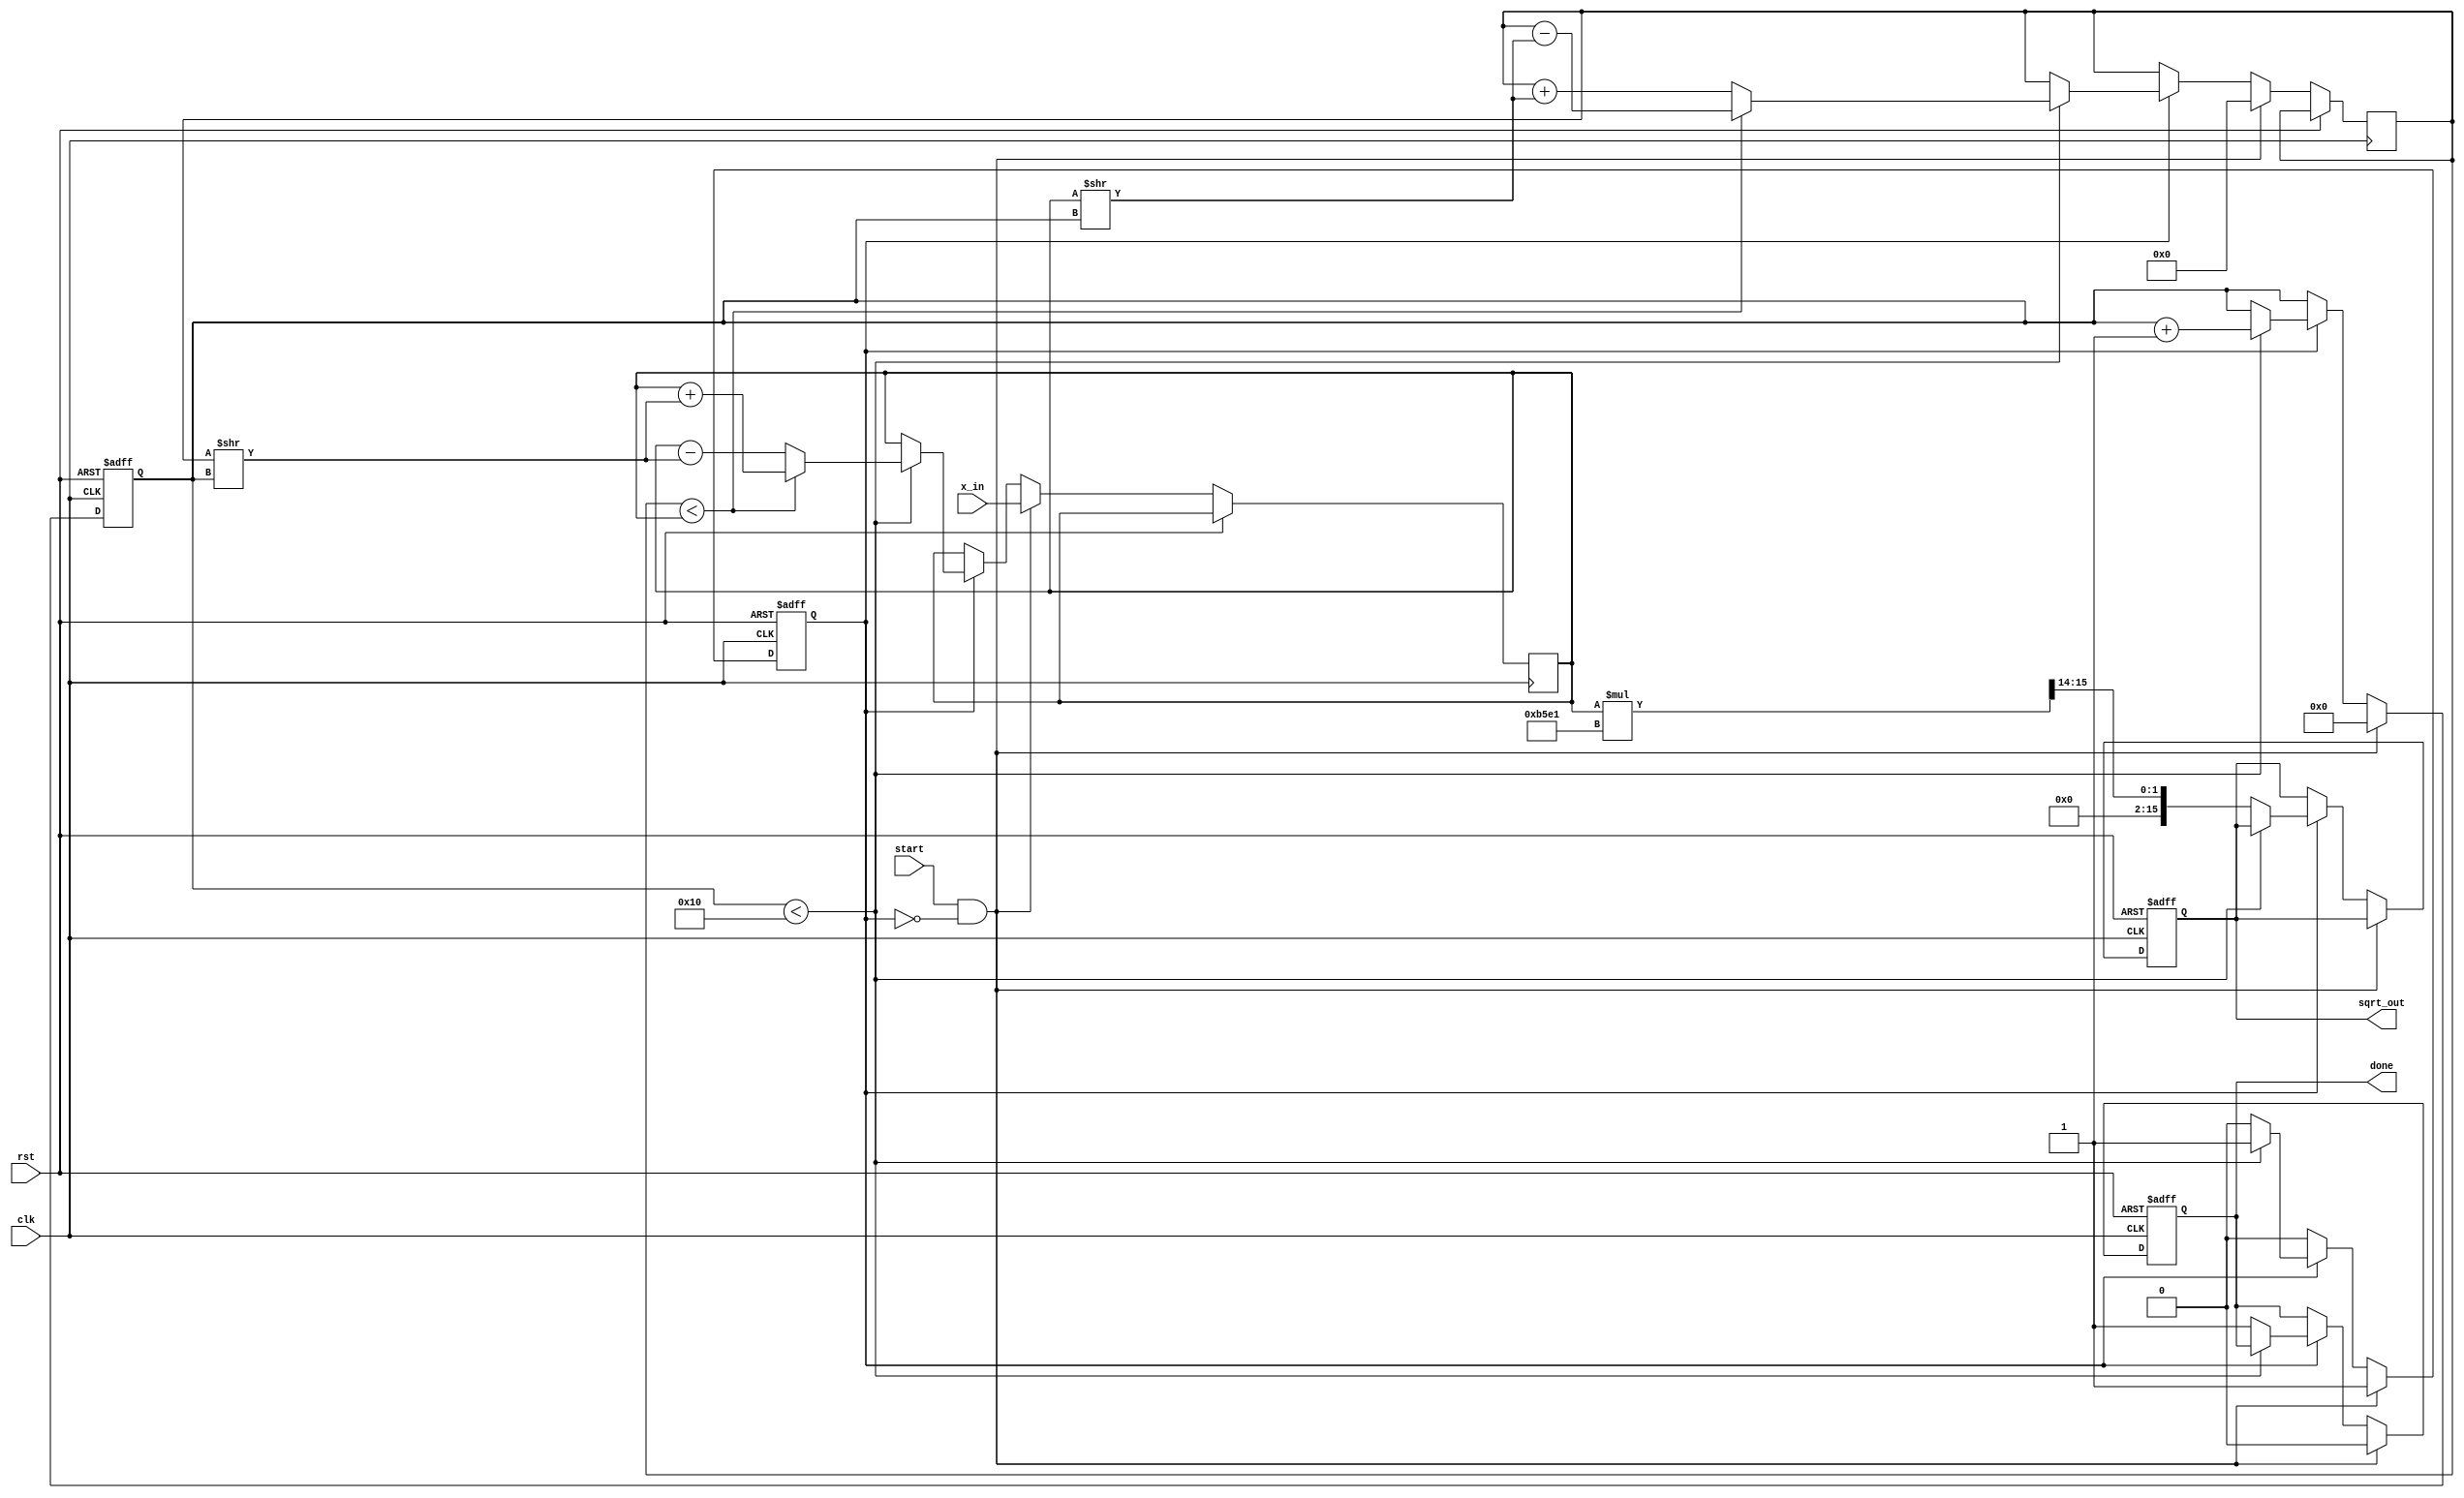
module cordic_sqrt (
    input wire clk,
    input wire rst,
    input wire start,
    input wire [15:0] x_in, // Input value (16-bit)
    output reg [15:0] sqrt_out, // Output square root (16-bit)
    output reg done // Done signal
);

    // CORDIC parameters
    parameter NUM_ITERATIONS = 16;
    parameter K = 16'hB5E1; // Gain factor (approx. 0.607)

    // Arctangent values for CORDIC
    reg [15:0] atan_table [0:NUM_ITERATIONS-1];
    initial begin
        atan_table[0] = 16'h2000; // atan(2^0)
        atan_table[1] = 16'h1000; // atan(2^-1)
        atan_table[2] = 16'h0800; // atan(2^-2)
        atan_table[3] = 16'h0400; // atan(2^-3)
        atan_table[4] = 16'h0200; // atan(2^-4)
        atan_table[5] = 16'h0100; // atan(2^-5)
        atan_table[6] = 16'h0080; // atan(2^-6)
        atan_table[7] = 16'h0040; // atan(2^-7)
        atan_table[8] = 16'h0020; // atan(2^-8)
        atan_table[9] = 16'h0010; // atan(2^-9)
        atan_table[10] = 16'h0008; // atan(2^-10)
        atan_table[11] = 16'h0004; // atan(2^-11)
        atan_table[12] = 16'h0002; // atan(2^-12)
        atan_table[13] = 16'h0001; // atan(2^-13)
        atan_table[14] = 16'h0001; // atan(2^-14)
        atan_table[15] = 16'h0001; // atan(2^-15)
    end

    // Internal registers
    reg [15:0] x, y, z;
    reg [3:0] iteration;
    reg calculating;

    // Control logic
    always @(posedge clk or posedge rst) begin
        if (rst) begin
            sqrt_out <= 0;
            done <= 0;
            calculating <= 0;
            iteration <= 0;
        end else if (start && !calculating) begin
            // Initialize values
            x <= x_in;
            y <= 0;
            z <= 0; // Initial angle
            calculating <= 1;
            iteration <= 0;
            done <= 0;
        end else if (calculating) begin
            if (iteration < NUM_ITERATIONS) begin
                // CORDIC rotation and vectoring
                if (y < x) begin
                    // Rotate clockwise
                    x <= x + (y >> iteration);
                    y <= y - (x >> iteration);
                    z <= z + atan_table[iteration];
                end else begin
                    // Rotate counter-clockwise
                    x <= x - (y >> iteration);
                    y <= y + (x >> iteration);
                    z <= z - atan_table[iteration];
                end
                iteration <= iteration + 1;
            end else begin
                // Final output calculation
                sqrt_out <= (x * K) >> 14; // Scale by gain factor
                done <= 1;
                calculating <= 0;
            end
        end
    end

endmodule